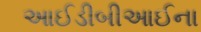
આઈડીબીઆઈના